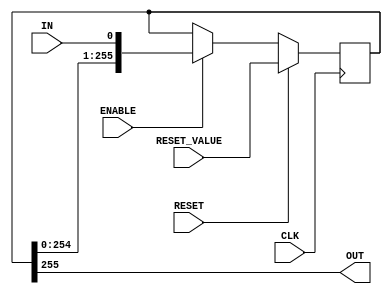
module Shift_Register_256bits(CLK,ENABLE,RESET,RESET_VALUE,IN,OUT);
	input CLK;
	input ENABLE;
	input RESET;
	input [255:0]RESET_VALUE;
	input IN;
	output OUT;

	reg [255:0]saver=0;

	always @(posedge CLK)begin
		if(RESET)begin
			saver<=RESET_VALUE;
		end
		else begin
			if(ENABLE)begin
				saver<={saver[254:0],IN};
			end
			else begin
				saver<=saver;
			end
		end
	end

	assign OUT=saver[255];
endmodule